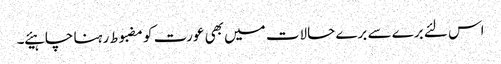
اس لئے برے سے برے حالات میں بھی عورت کو مضبوط رہنا چاہیئے ۔